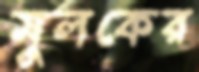
মুলকের